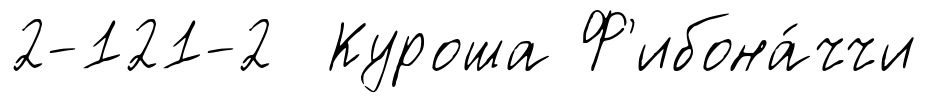
2-121-2 Куроша Ф'ибона́ччи